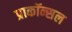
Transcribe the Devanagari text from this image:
प्राकॉन्सल